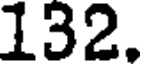
132.